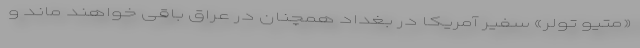
«متیو تولر» سفیر آمریکا در بغداد همچنان در عراق باقی خواهند ماند و